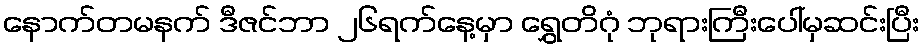
နောက်တမနက် ဒီဇင်ဘာ ၂၆ရက်နေ့မှာ ရွှေတိဂုံ ဘုရားကြီးပေါ်မှဆင်းပြီး